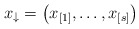
\begin{align*}x_{\downarrow} = \left(x_{[1]}, \ldots, x_{[s]}\right)\end{align*}